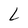
Character: L